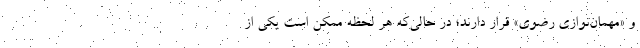
و «مهمان‌نوازی رضوی» قرار دارند؛ در حالی‌که هر لحظه ممکن است یکی از